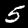
Label: 5